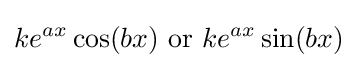
ke^{ax}\cos(bx){\text{ or }}ke^{ax}\sin(bx)\!